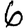
Digit: 6